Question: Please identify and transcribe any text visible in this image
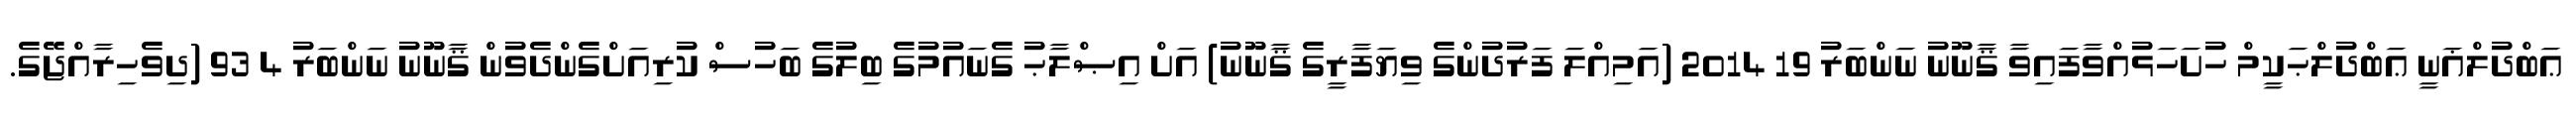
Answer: ޢަބްދުލްޣަނީ ޢަބްދުލްޙަކީމް ހުށަހަޅުއްވާފައިވާ ޤާނޫނު ނަންބަރު 19 2014 (އަމިއްލަ ފަރުދުންގެ ވިޔަފާރީގެ ޤާނޫނު) އަށް އިޞްލާޙު ގެނައުމުގެ ބިލުގެ ބަހުސް ކުރިއަށްގެންދެވުން ޤާނޫނު ނަންބަރު 4 93 (ދިވެހިރާއްޖޭގެ.